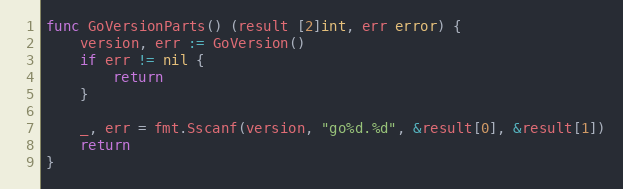
Language: Go
func GoVersionParts() (result [2]int, err error) {
	version, err := GoVersion()
	if err != nil {
		return
	}

	_, err = fmt.Sscanf(version, "go%d.%d", &result[0], &result[1])
	return
}